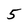
Character: 5